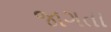
જાગતા